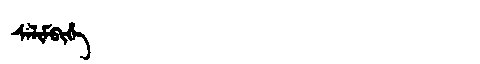
Manchu: ᠰᠠᠯᡳᠮᠪᡳᡥᡝ
Romanization: SALIMBIHE